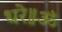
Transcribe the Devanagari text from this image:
धरे॥ॐ